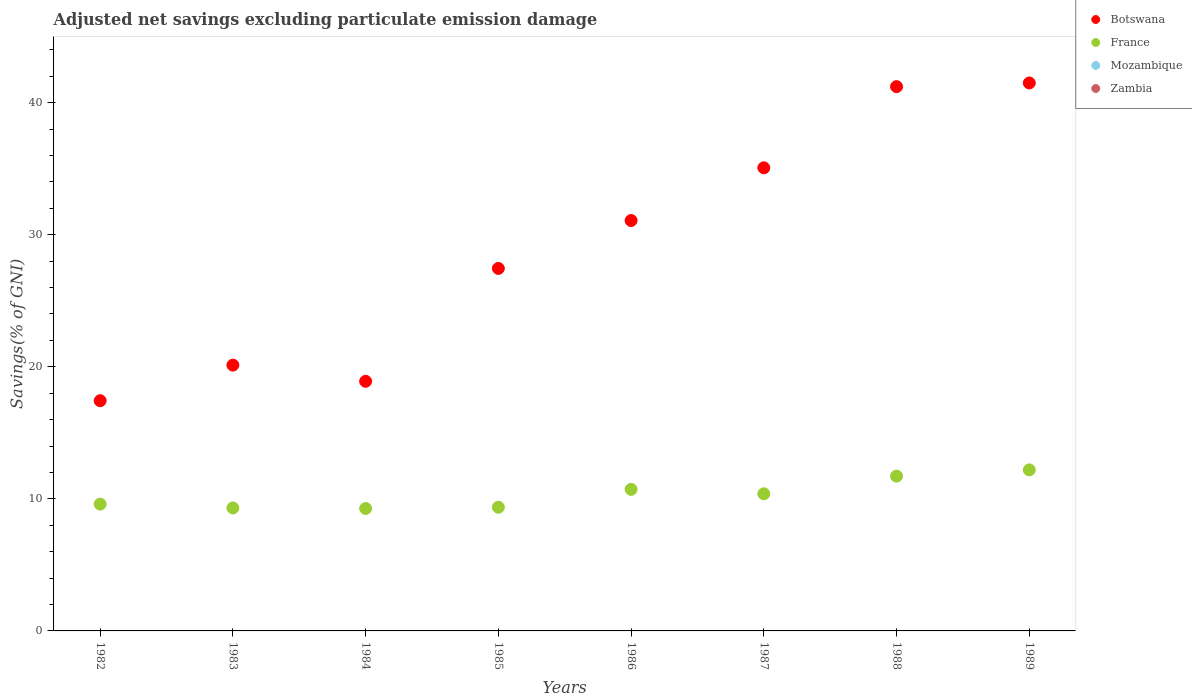
| Years | Botswana | France | Mozambique | Zambia |
 | --- | --- | --- | --- | --- |
 | 1982 | 17.4 | 9.6 | -13.3 | -6.95 |
 | 1983 | 20.1 | 9.31 | -13.2 | -0.902 |
 | 1984 | 18.9 | 9.27 | -8.12 | -5.31 |
 | 1985 | 27.4 | 9.36 | -13.6 | -12.2 |
 | 1986 | 31.1 | 10.7 | -10.3 | -15.1 |
 | 1987 | 35.1 | 10.4 | -11.9 | -20.3 |
 | 1988 | 41.2 | 11.7 | -4.7 | -13.3 |
 | 1989 | 41.5 | 12.2 | -10.2 | -28.8 |